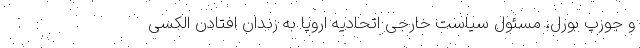
و جوزپ بورل، مسئول سیاست خارجی اتحادیه اروپا به زندان افتادن الکسی